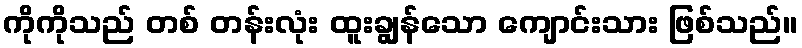
ကိုကိုသည် တစ် တန်းလုံး ထူးချွန်သော ကျောင်းသား ဖြစ်သည်။